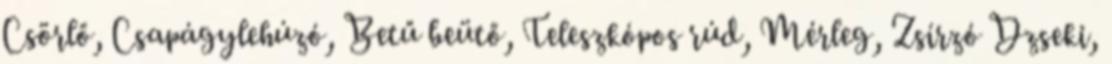
Csörlő, Csapágylehúzó, Betű beütő, Teleszkópos rúd, Mérleg, Zsírzó Dzseki,